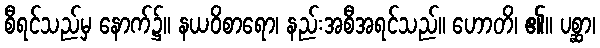
စီရင်သည်မှ နောက်၌။ နယဝိစာရော၊ နည်းအစီအရင်သည်။ ဟောတိ၊ ၏။ ပစ္ဆာ၊